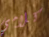
كلامي